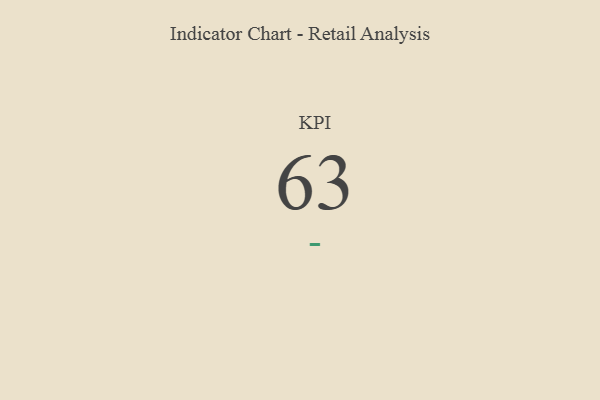
{"axis": {"x": "KPI", "y": "Value"}, "legend": [""], "data": [{"x": "KPI", "y": 63, "type": ""}]}